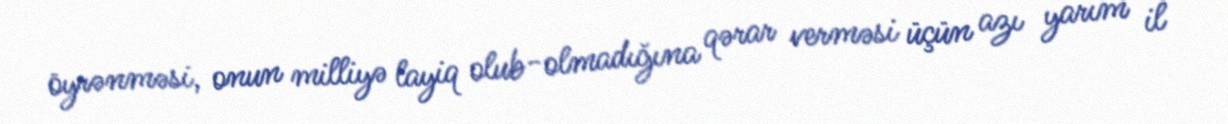
öyrənməsi, onun milliyə layiq olub-olmadığına qərar verməsi üçün azı yarım il